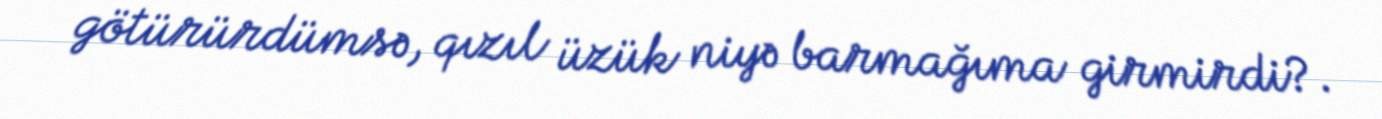
götürürdümsə, qızıl üzük niyə barmağıma girmirdi?.